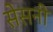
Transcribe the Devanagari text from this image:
सेसनी